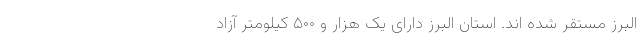
البرز مستقر شده اند. استان البرز دارای یک هزار و ۵۰۰ کیلومتر آزاد